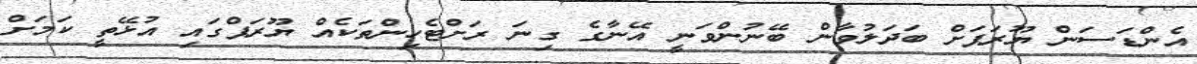
އެންޑަސަން ޔޫރަޕަށް ބަދަލުވާން ބޭނުންވަނީ އޭނާގެ ގިނަ ރަށްޓެހިންތަކެއް ޔޫރަޕްގައި އުޅޭތީ ކަަމަށް